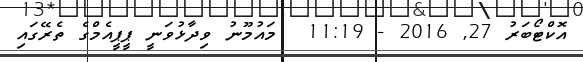
އޮކްޓޯބަރު 27